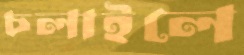
চলাইলে